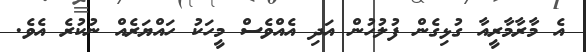
އެ މާރާމާރީއާ ގުޅިގެން ފުލުހުން އަދި އެއްވެސް މީހަކު ހައްޔަރެއް ނުކުރެ އެވެ.